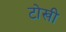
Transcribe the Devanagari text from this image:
टोखी